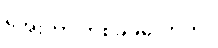
အေးတာ တစ်ခုခုလောက်။